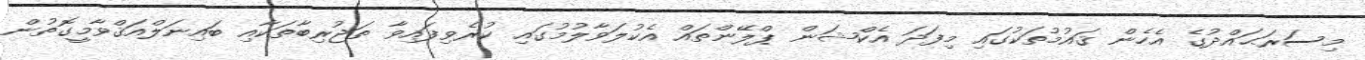
މިސަރަޙައްދުގެ އެހެން ޤައުމުތަކުގައި މިފަދަ އެކްޝަން ޕްލޭންތައް އެކުލަވާލުމުގައި ކުރެވިފައިވާ ތަޖުރިބާތަކާއި ބައިނަލްއަޤްވާމީގޮތުން